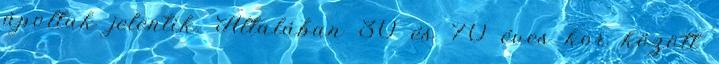
ápoltak jelentik. Általában 30 és 70 éves kor között